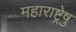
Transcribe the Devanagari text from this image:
महाराष्ट्रेषु